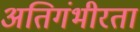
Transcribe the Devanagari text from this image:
अतिगंभीरता